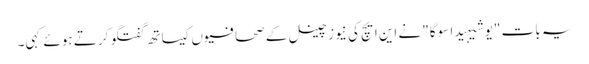
یہ بات "یوشیہیدا سوگا" نے این ایچ کی نیوز چینل کے صحافیوں کیساتھ گفتگو کرتے ہوئے کہی۔